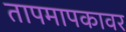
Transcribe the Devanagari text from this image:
तापमापकावर